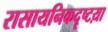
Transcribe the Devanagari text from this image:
रासायनिकदृष्टय़ा